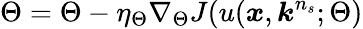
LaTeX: \Theta=\Theta-\eta_{\Theta}\nabla_{\Theta}J(u(\boldsymbol{x},\boldsymbol{k}^{n_{s}};\Theta)